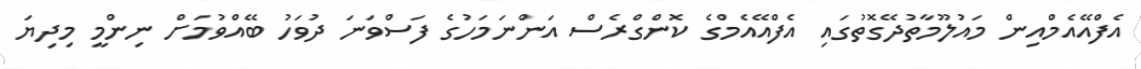
އެފްއޭއެމްއިން މައުލޫމާތުދޭގޮތުގައި އެފްއޭއެމްގެ ކޮންގްރެސް އަންނަމަހުގެ ފަސްވަނަ ދުވަހު ބޭއްވުމަށް ނިންމީ މިދިޔަ